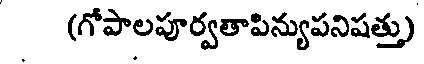
(గోపాలపూర్వతాపిన్యుపనిషత్తు)